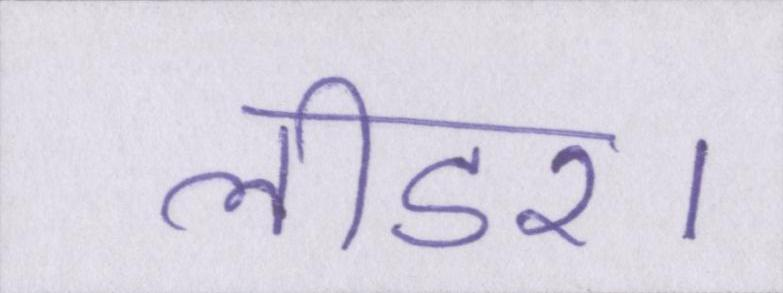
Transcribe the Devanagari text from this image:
लीडर।